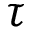
\tau